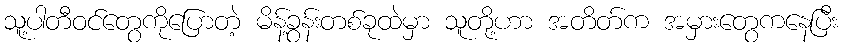
သူ့ပါတီဝင်တွေကိုပြောတဲ့ မိန့်ခွန်းတစ်ခုထဲမှာ သူတို့ဟာ အတိတ်က အမှားတွေကနေပြီး